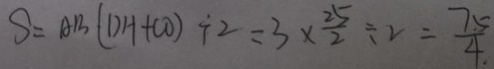
S = A B ( D H + C O ) \div 2 = 3 \times \frac { 2 5 } { 2 } \div 2 = \frac { 7 . 5 } { 4 . }